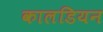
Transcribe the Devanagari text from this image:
कालडियन